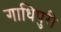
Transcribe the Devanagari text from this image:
गाधिपुरी